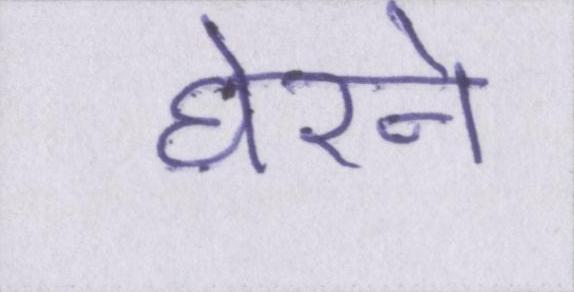
घेरने